Leaving Certificate Examination (including Day School Certificate (Higher) General paper), 1935
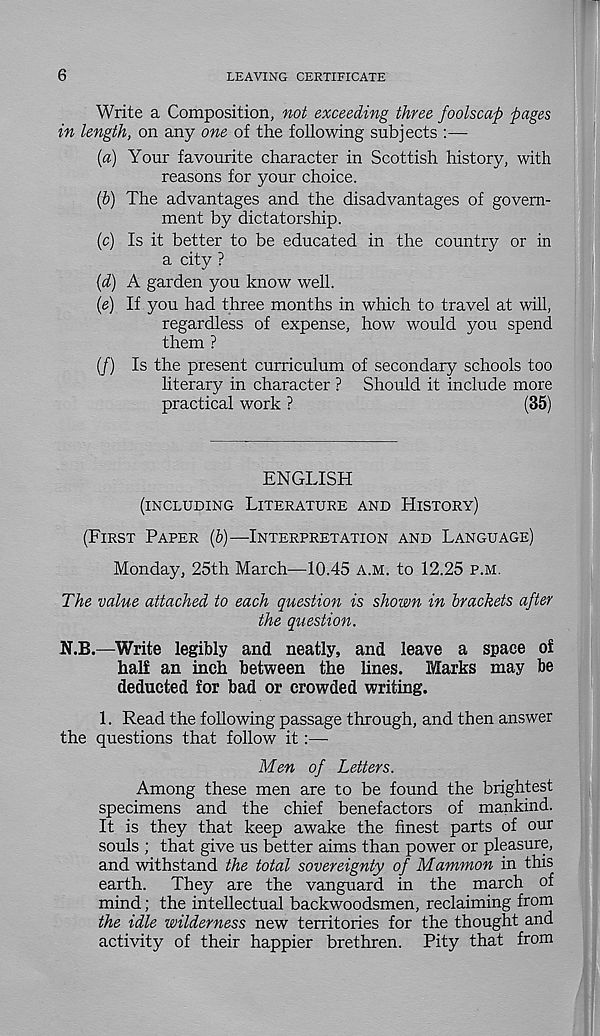
6
LEAVING CERTIFICATE
Write a Composition, not exceeding three foolscap pages
in length, on any one of the following subjects :—
(a) Your favourite character in Scottish history, with
reasons for your choice.
{b) The advantages and the disadvantages of govern-
ment by dictatorship.
(c) Is it better to be educated in the country or in
a city ?
(d) A garden you know well.
(<?) If you had three months in which to travel at will,
regardless of expense, how would you spend
them ?
(/) Is the present curriculum of secondary schools too
literary in character ? Should it include more
practical work ?
(35)
ENGLISH
(INCLUDING LITERATURE AND HISTORY)
(FIRST PAPER (6)—INTERPRETATION AND LANGUAGE)
Monday, 25th March—10.45 A.M. to 12.25 P.M.
The value attached to each question is shown in brackets after
the question.
N.B.—Write legibly and neatly, and leave a space of
half an inch between the lines. Marks may be
deducted for bad or crowded writing.
1. Read the following passage through, and then answer
the questions that follow it :—
Men of Letters.
Among these men are to be found the brightest
specimens and the chief benefactors of mankind.
It is they that keep awake the finest parts of our
souls ; that give us better aims than power or pleasure,
and withstand the total sovereignty of Mammon in this
earth. They are the vanguard in the march of
mind; the intellectual backwoodsmen, reclaiming from
the idle wilderness new territories for the thought and
activity of their happier brethren. Pity that from